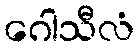
ဂေါသီလံ